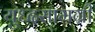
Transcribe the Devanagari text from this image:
युध्दसामग्री